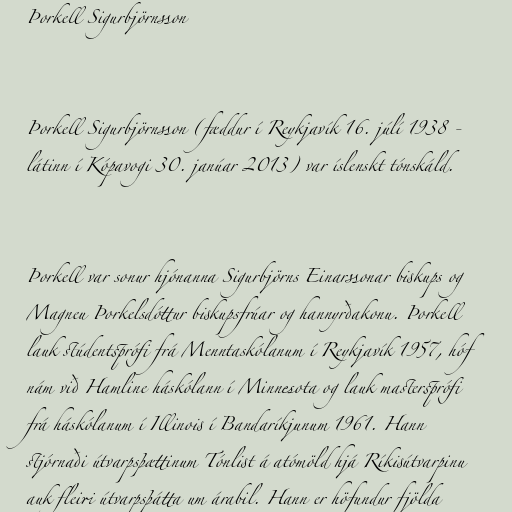
Þorkell Sigurbjörnsson

Þorkell Sigurbjörnsson (fæddur í Reykjavík 16. júlí 1938 -
látinn í Kópavogi 30. janúar 2013) var íslenskt tónskáld.

Þorkell var sonur hjónanna Sigurbjörns Einarssonar biskups og
Magneu Þorkelsdóttur biskupsfrúar og hannyrðakonu. Þorkell
lauk stúdentsprófi frá Menntaskólanum í Reykjavík 1957, hóf
nám við Hamline háskólann í Minnesota og lauk mastersprófi
frá háskólanum í Illinois í Bandaríkjunum 1961. Hann
stjórnaði útvarpsþættinum Tónlist á atómöld hjá Ríkisútvarpinu
auk fleiri útvarpsþátta um árabil. Hann er höfundur fjölda